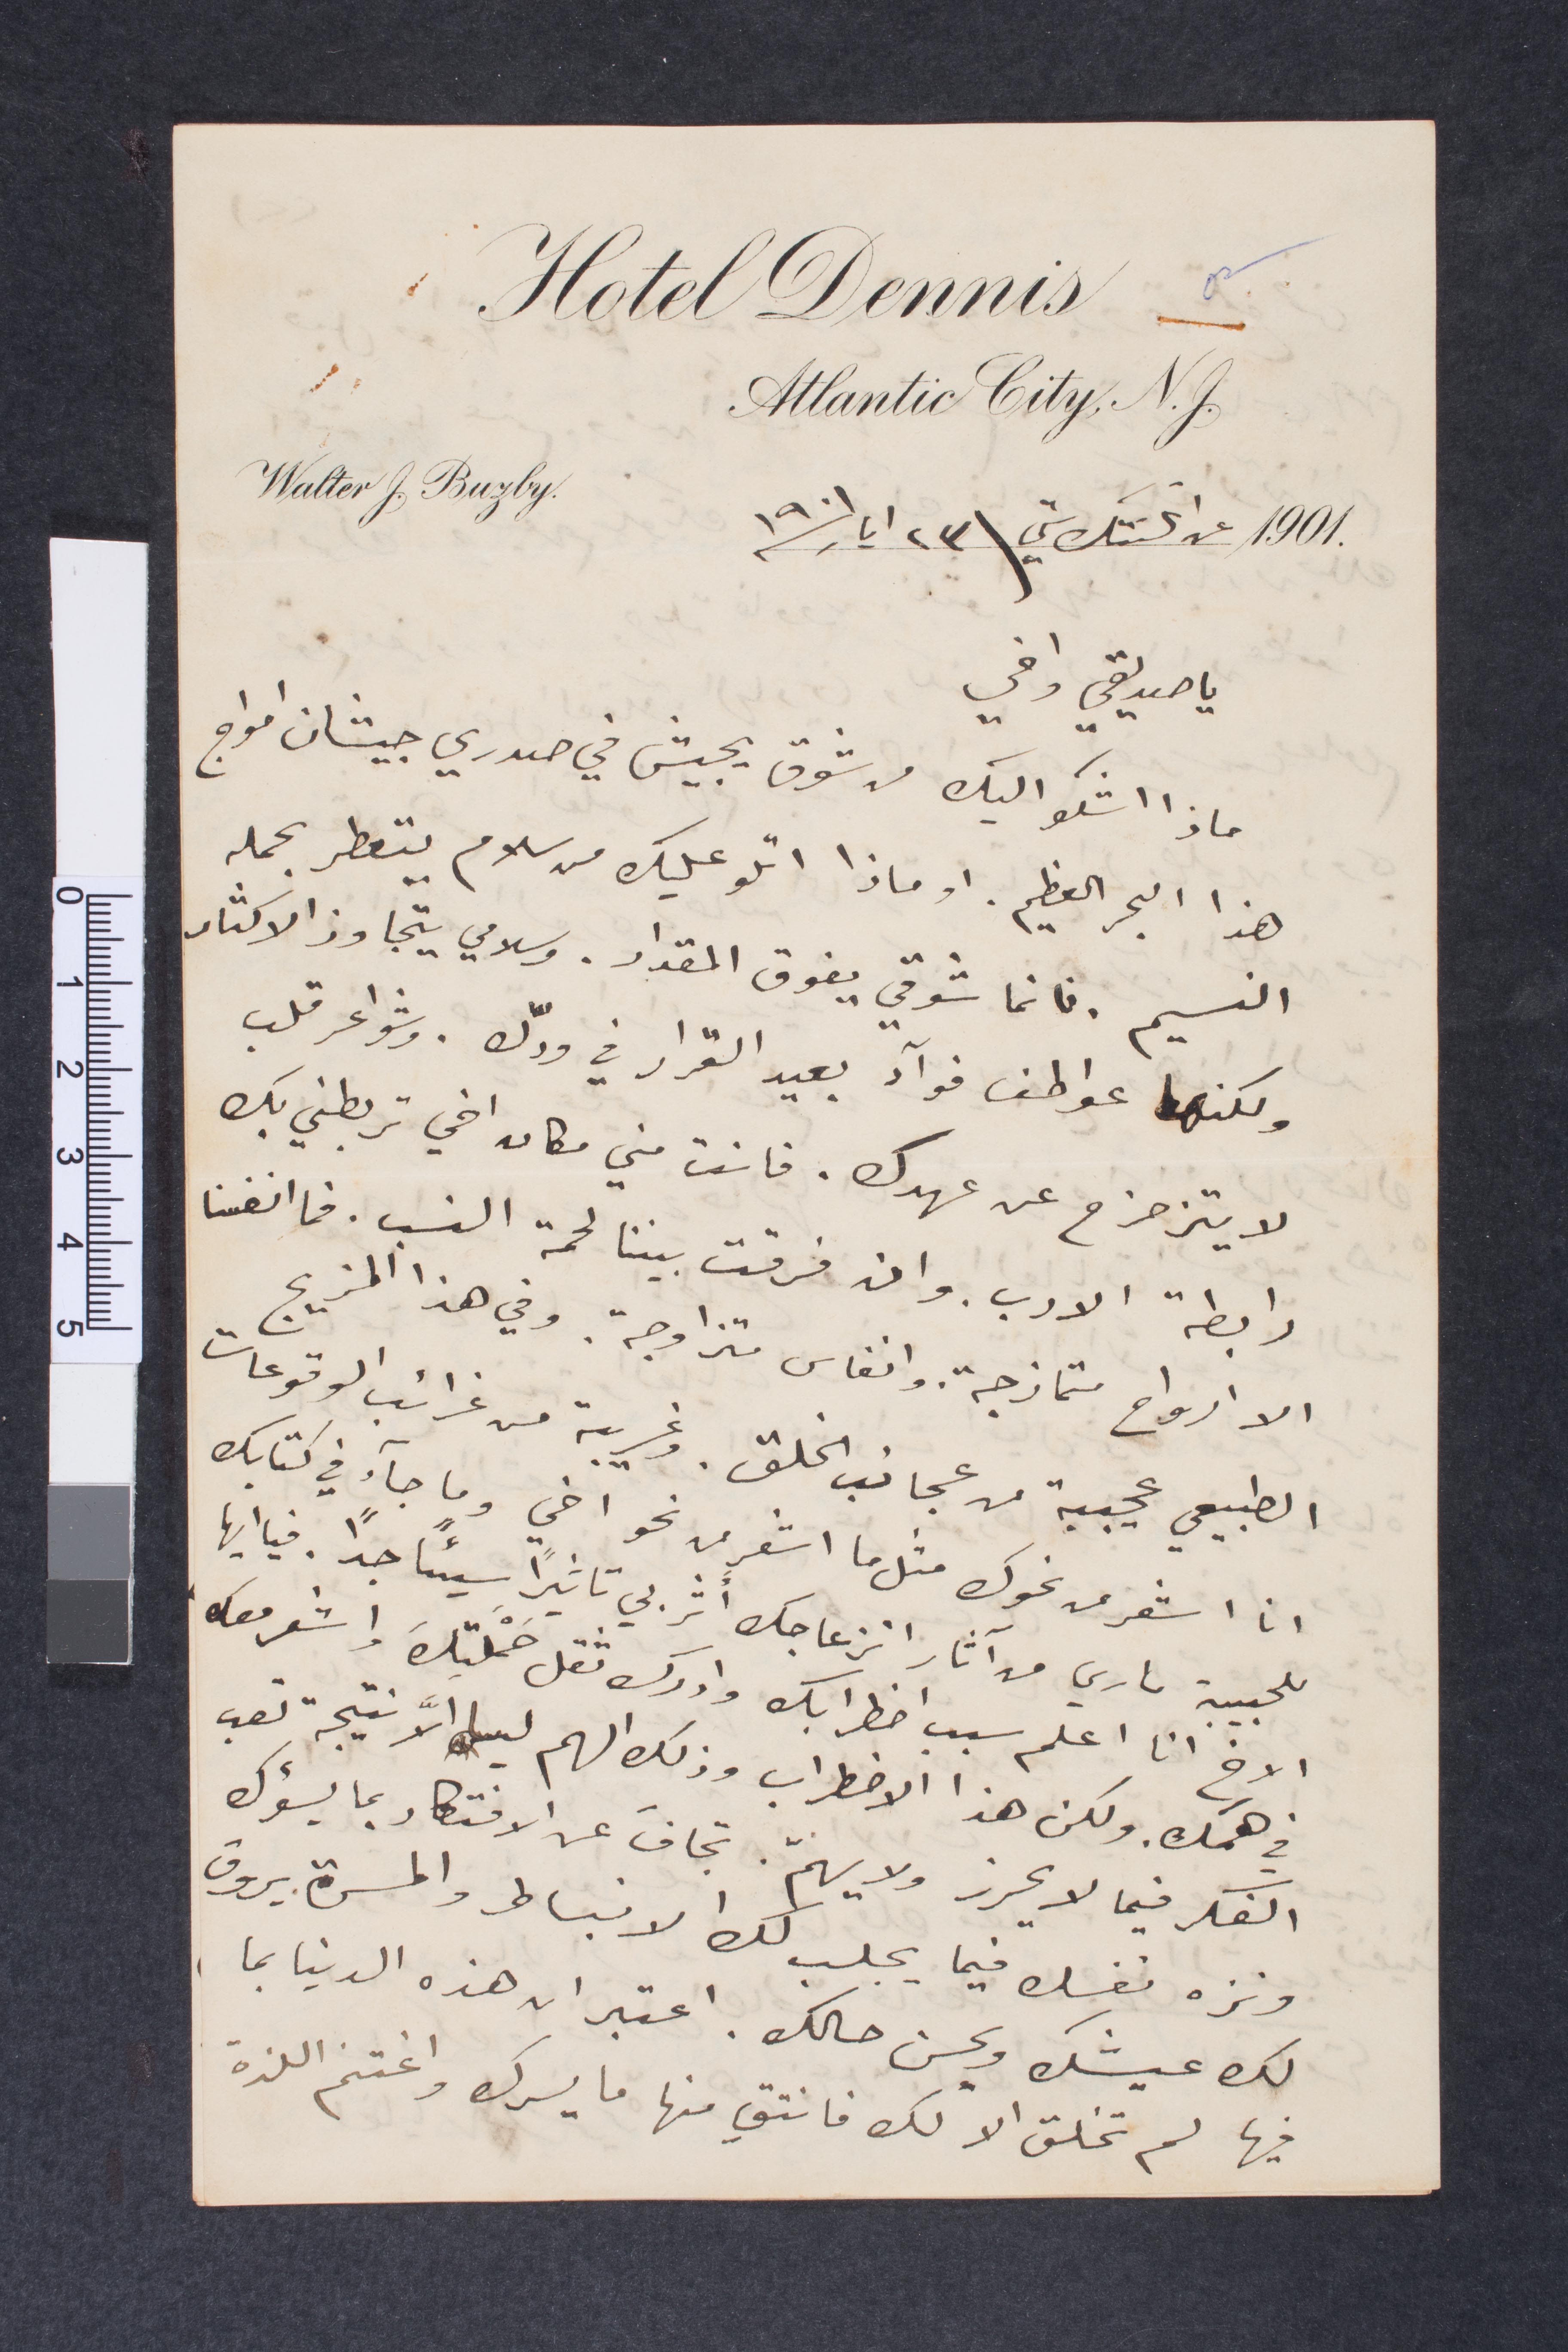
١٩٠١ عن اتلانتك ستي\٢٣ أيار ١٩٠١
يا صديقي واخي
ماذا اشكو اليك من شوق يجيش في صدري جيشان أمواج
هذا البحر العظيم. او ماذا اتلو عليك من سلام يتعطر بحمله
النسيم. فانما شوقي يفوق المقدار. وسلامي يتجاوز الاكثار
ولكنها عواطف فوآد بعيد القرار في ردّك. وشواعر قلب
لا يتزحزح عن عهدك. فانت مني مكان اخي تربطني بك
رابطة الادب. وان فرقت بيننا لحمة النسب. فما انفسنا
الا أرواح متمازجة وانفاس متزاوجة. وفي هذا المزيج
الطبيعي عجيبة من عجائب الخلق. وغريبة من غرائب الوقوعات
انا اشعر من نحوك مثلما اشعر من نحو اخي وما جاء في كتابك
للحبيبة ماري من آثار انزعاجك اثر بي تاثيرًا سيئًا جدًا. فيا أيها
الأخ انا اعلم سبب اضطرابك وادرك ثقل حملتك واشعر معك
في همك. ولكن هذا الاضطراب ولك الهم ليس الا نتيجة تعب
الفكر فيما لا يحرز ولا يهم. تجافَ عن الافتكار بما يسؤك
ونزه نفسك فيما يجلب لك كل الانباط والحسّ يروق
لك عيشك ويحسن حالك. اعتبر ان هذه الدنيا بما
فيها لم تخلق لا لك فانتق منها ما يسرك واغتنم اللذة